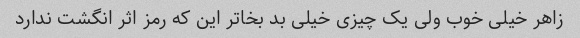
زاهر خیلی خوب ولی یک چیزی خیلی بد بخاتر این که رمز اثر انگشت ندارد